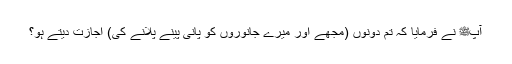
آپﷺ نے فرمایا کہ تم دونوں (مجھے اور میرے جانوروں کو پانی پینے پلانے کی) اجازت دیتے ہو؟